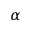
\alpha